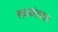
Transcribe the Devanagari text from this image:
रुद्रकंठवार